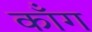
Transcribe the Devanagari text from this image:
कॉंग